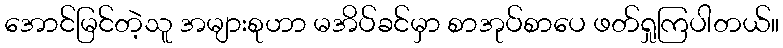
အောင်မြင်တဲ့သူ အများစုဟာ မအိပ်ခင်မှာ စာအုပ်စာပေ ဖတ်ရှုကြပါတယ်။